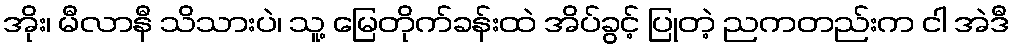
အိုး၊ မီလာနီ သိသားပဲ၊ သူ့ မြေတိုက်ခန်းထဲ အိပ်ခွင့် ပြုတဲ့ ညကတည်းက ငါ အဲဒီ